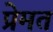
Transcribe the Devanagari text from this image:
प्रेमत